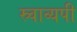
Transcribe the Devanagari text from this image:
स्र्वाव्यपी